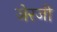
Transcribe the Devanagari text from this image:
जेरजी